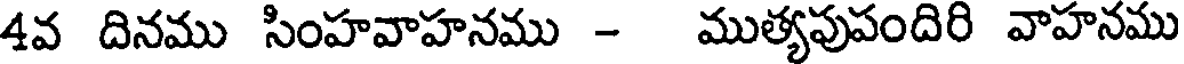
4వ దినము సింహవాహనము - ముత్యపుపందిరి వాహనము